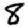
Digit: 8